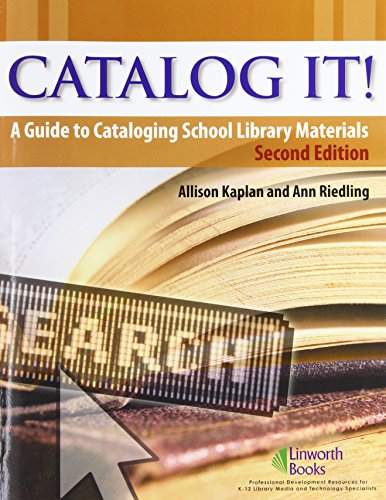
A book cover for Catalog It!: A Guide to Cataloging School Library Materials (2nd Edition); Allison G. Kaplan; Politics & Social Sciences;